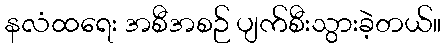
နလံထရေး အစီအစဉ် ပျက်စီးသွားခဲ့တယ်။